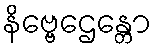
နိဗ္ဗေဌေန္တော